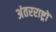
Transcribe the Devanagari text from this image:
अंतरराष्ट्रों